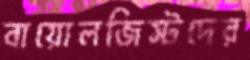
বায়োলজিস্টদের